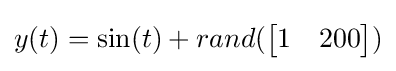
y(t)=\sin(t)+rand({\begin{bmatrix}1&200\end{bmatrix}})